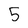
Character: 5